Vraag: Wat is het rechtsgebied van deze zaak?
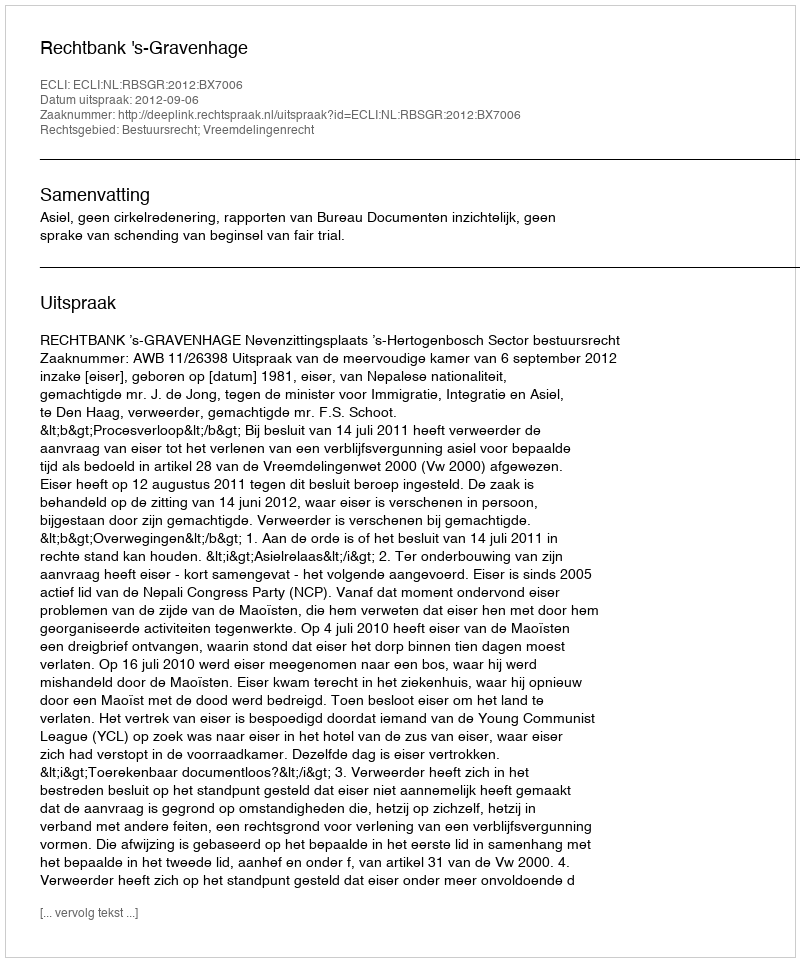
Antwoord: Bestuursrecht; Vreemdelingenrecht